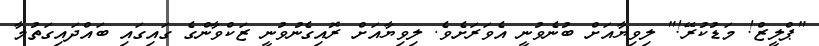
"ޕްލީޒް! މަޑުކުރޭ!" ލިވިޔާއަށް ބުނެވުނީ އެވަރަށެވެ. ލިވިޔާއަށް ރޮއިގެނުވުނީ ޒަކްވާންގެ ގައިގައި ބައްދައިގަތުމާ